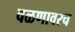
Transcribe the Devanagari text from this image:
वळणावरच